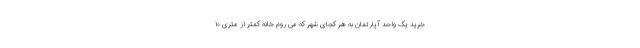
خرید یک واحد آپارتمان به هر کجای شهر که می روم خانه کمتر از متری ۱۰